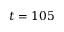
t = 1 0 5